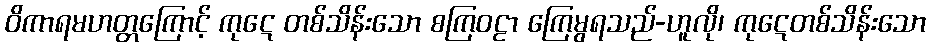
ဝိကာရမဟတ္တကြောင့် ကုဋေ တစ်သိန်းသော စကြဝဠာ ကြေမွရသည်-ဟူလို၊ ကုဋေတစ်သိန်းသော